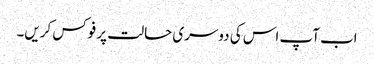
اب آپ اس کی دوسری حالت پر فوکس کریں۔